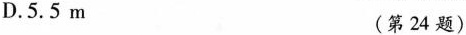
D.5.5m(第24题)